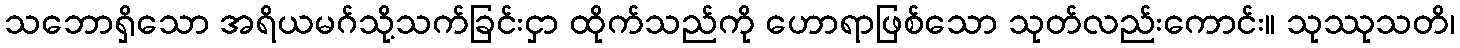
သဘောရှိသော အရိယမဂ်သို့သက်ခြင်းငှာ ထိုက်သည်ကို ဟောရာဖြစ်သော သုတ်လည်းကောင်း။ သုဿုသတိ၊